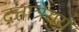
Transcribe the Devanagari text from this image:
दत्तात्रेयय